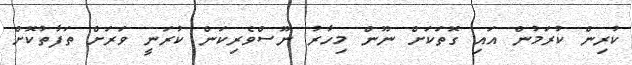
ކުރިން ކުރަމުން އައި ގޮތަކަށް ނޫން މިހާރު ނޫސްވެރިކަން ކުރަނީ ވަރަށް ތަފާތުކޮށް